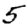
Digit: 5